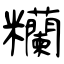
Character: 糷